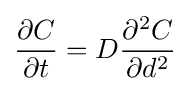
{\frac {\partial C}{\partial t}}=D{\frac {\partial ^{2}C}{\partial d^{2}}}